Leaving Certificate Examination (including Day School Certificate (Higher) General paper), 1932
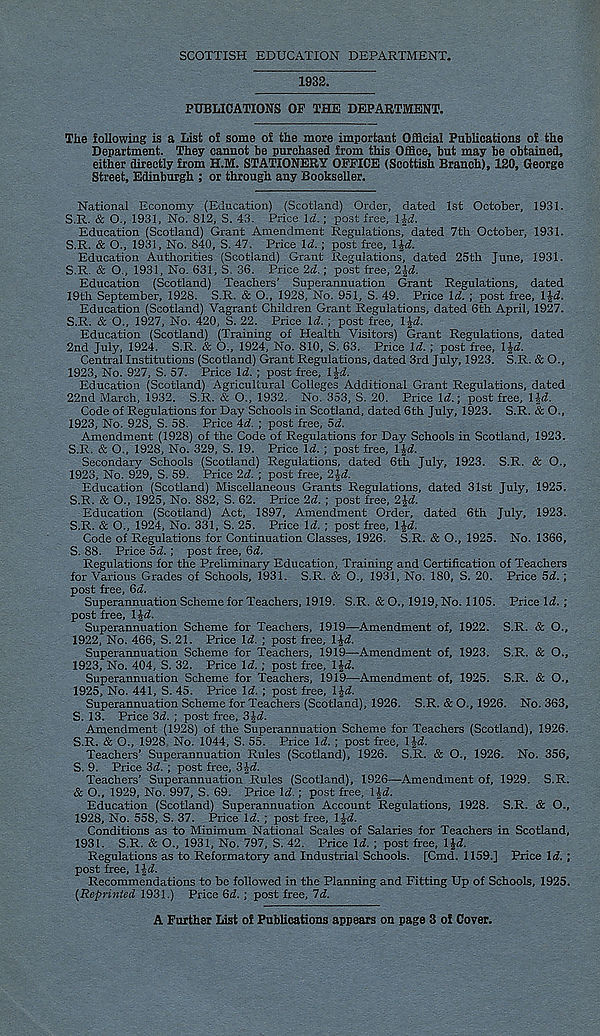
SCOTTISH EDUCATION DEPARTMENT.
1932.
PUBLICATIONS OF THE DEPARTMENT.
The following is a List of some of the more important Official Publications of the
Department. They cannot be purchased from this Office, but may be obtained,
either directly from H.M. STATIONERY OFFICE (Scottish Branch), 120, George
Street, Edinburgh ; or through any Bookseller.
National Economy (Education) (Scotland) Order, dated 1st October, 1931.
S.R. & O., 1931, No. 812, S. 43. Price Id.; post free, Ifd.
Education (Scotland) Grant Amendment Regulations, dated 7th October, 1931.
S.R. & O., 1931, No. 840, S. 47. Price Id. ; post free, l^d.
Education Authorities (Scotland) Grant Regulations, dated 25th June, 1931.
S.R. & O., 1931, No. 631, S. 36. Price 2d.; post free, 2jd.
Education (Scotland) Teachers’ Superannuation Grant Regulations, dated
19th September, 1928. S.R. & O., 1928, No. 951, S. 49. Price Id. ; post free, IJi.
Education (Scotland) Vagrant Children Grant Regulations, dated 6th April, 1927.
S.R. & O., 1927, No. 420, S. 22. Price Id. ; post free, lid.
Education (Scotland) (Training of Health Visitors) Grant Regulations, dated
2nd July, 1924. S.R. & O., 1924, No. 810, S. 63. Price Id. ; post free, lid.
Central Institutions (Scotland) Grant Regulations, dated 3rd July, 1923. S.R. & O.,
1923, No. 927, S. 57. Price Id. ; post free, lid.
Education (Scotland) Agricultural Colleges Additional Grant Regulations, dated
22nd March, 1932. S.R. & O., 1932. No. 353, S. 20. Price Id.; post free, lid.
Code of Regulations for Day Schools in Scotland, dated 6th July, 1923. S.R. & O.,
1923, No. 928, S. 58. Price 4d. ; post free, 5d.
Amendment (1928) of the Code of Regulations for Day Schools in Scotland, 1923.
S.R. & O., 1928, No. 329, S. 19. Price Id. ; post free, lid.
Secondary Schools (Scotland) Regulations, dated 6th July, 1923. S.R. & O.,
1923, No. 929, S. 59. Price 2d. ; post free, 2id.
Education (Scotland) Miscellaneous Grants Regulations, dated 31st July, 1925.
S.R. & O., 1925, No. 882, S. 62. Price 2d. ; post free, 2id.
Education (Scotland) Act, 1897, Amendment Order, dated 6th July, 1923.
S.R. & O., 1924, No. 331, S. 25. Price Id. ; post free, lid.
Code of Regulations for Continuation Classes, 1926. S.R. & O., 1925. No. 1366,
S. 88. Price Sd. ; post free, 6d.
Regulations for the Preliminary Education, Training and Certification of Teachers
for Various Grades of Schools, 1931. S.R. & O., 1931, No. 180, S, 20. Price 5d. ;
post free, 6d.
Superannuation Scheme for Teachers, 1919. S.R. & O., 1919, No. 1105. Price 1^. ;
post free, lid.
Superannuation Scheme for Teachers, 1919—Amendment of, 1922. S.R. & O.,
1922, No. 466, S. 21. Price 1^. ; post free, lid.
Superannuation Scheme for Teachers, 1919—Amendment of, 1923. S.R. & O.,
1923, No. 404, S. 32. Price Id.; post free, lid.
Superannuation Scheme for Teachers, 1919—Amendment of, 1925. S.R. & O.,
1925, No. 441, S. 45. Price Id. ; post free, lid.
Superannuation Scheme for Teachers (Scotland), 1926. S.R. & O., 1926. No. 363,
S. 13, Price 3d. ; post free, 3id.
Amendment (1928) of the Superannuation Scheme for Teachers (Scotland), 1926.
S.R. & O., 1928 No. 1044, S. 55. Price Id. ; post free, IJ-d.
Teachers’ Superannuation Rules (Scotland), 1926. S.R. & O., 1926. No. 356,
S. 9. Price 3d. ; post free, 3id.
Teachers’ Superannuation Rules (Scotland), 1926—Amendment of, 1929. S.R.
& O., 1929, No. 997, S. 69. Price Id.; post free, lid.
Education (Scotland) Superannuation Account Regulations, 1928. S.R. & O.,
1928, No. 558, S. 37. Price Id. ; post free, lid.
Conditions as to Minimum National Scales of Salaries for Teachers in Scotland,
1931. S.R. & O., 1931, No. 797, S. 42. Price Id. ; post free, lid.
Regulations as to Reformatory and Industrial Schools. [Cmd. 1159.] Price Id. ;
post free, IJd.
Recommendations to be followed in the Planning and Fitting Up of Schools, 1925.
{Reprinted 1931.) Price Gd. ; post free, 7d.
A Further List of Publications appears on page 3 of Cover.